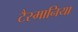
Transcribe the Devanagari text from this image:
टैस्मानिया